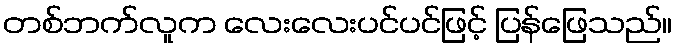
တစ်ဘက်လူက လေးလေးပင်ပင်ဖြင့် ပြန်ဖြေသည်။